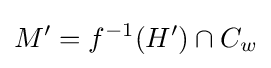
M'=f^{-1}(H')\cap C_{w}